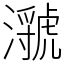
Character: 㶁